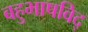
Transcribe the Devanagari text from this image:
बहुभाषविद्